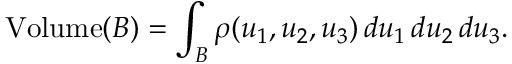
\operatorname { V o l u m e } ( B ) = \int _ { B } \rho ( u _ { 1 } , u _ { 2 } , u _ { 3 } ) \, d u _ { 1 } \, d u _ { 2 } \, d u _ { 3 } .